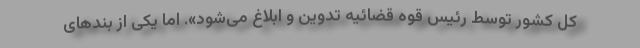
کل کشور توسط رئیس قوه قضائیه تدوین و ابلاغ می‌شود». اما یکی از بندهای